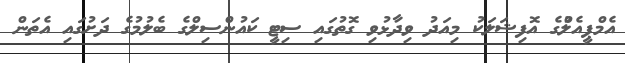
އެމްޕީއެލްުގެ އޮފިޝަލަކު މިއަދު ވިދާޅުވި ގޮތުގައި ސިޓީ ކައުންސިލްގެ ބެލުމުގެ ދަށުގައި އެތަން